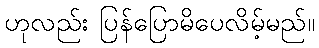
ဟုလည်း ပြန်ပြောမိပေလိမ့်မည်။